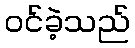
ဝင်ခဲ့သည်